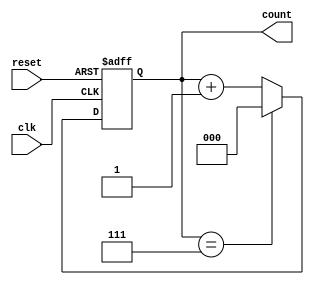
module divide_by_n_counter #(
    parameter N = 8  // Parameter N, change this value to set the divide factor
)(
    input wire clk,      // Clock input
    input wire reset,    // Asynchronous reset input
    output reg [clog2(N)-1:0] count // Output count value
);

// Function to calculate the ceiling of log2(N)
function integer clog2;
    input integer value;
    begin
        value = value - 1;
        for (clog2 = 0; value > 0; clog2 = clog2 + 1)
            value = value >> 1;
    end
endfunction

// Counter logic
always @(posedge clk or posedge reset) begin
    if (reset) begin
        count <= 0; // Reset the count to zero
    end else begin
        if (count == N - 1) begin
            count <= 0; // Reset the count when it reaches N-1
        end else begin
            count <= count + 1; // Increment the count
        end
    end
end

endmodule